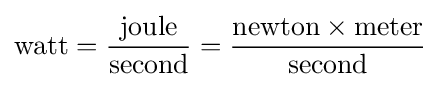
{\text{watt}}={\frac {\text{joule}}{\text{second}}}={\frac {{\text{newton}}\times {\text{meter}}}{\text{second}}}